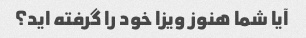
آیا شما هنوز ویزا خود را گرفته اید؟